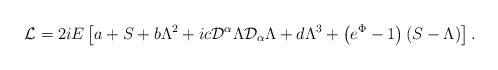
\begin{align*}{\mathcal{L}} = 2iE \left[a+S+b\Lambda^{2}+ic{\mathcal{D}}^{\alpha}\Lambda{\mathcal{D}}_{\alpha} \Lambda+d\Lambda^{3} + \left(e^{\Phi}-1\right)\left(S-\Lambda\right)\right].\end{align*}